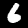
Label: 6